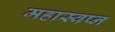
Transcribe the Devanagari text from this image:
महास्‍वप्‍न